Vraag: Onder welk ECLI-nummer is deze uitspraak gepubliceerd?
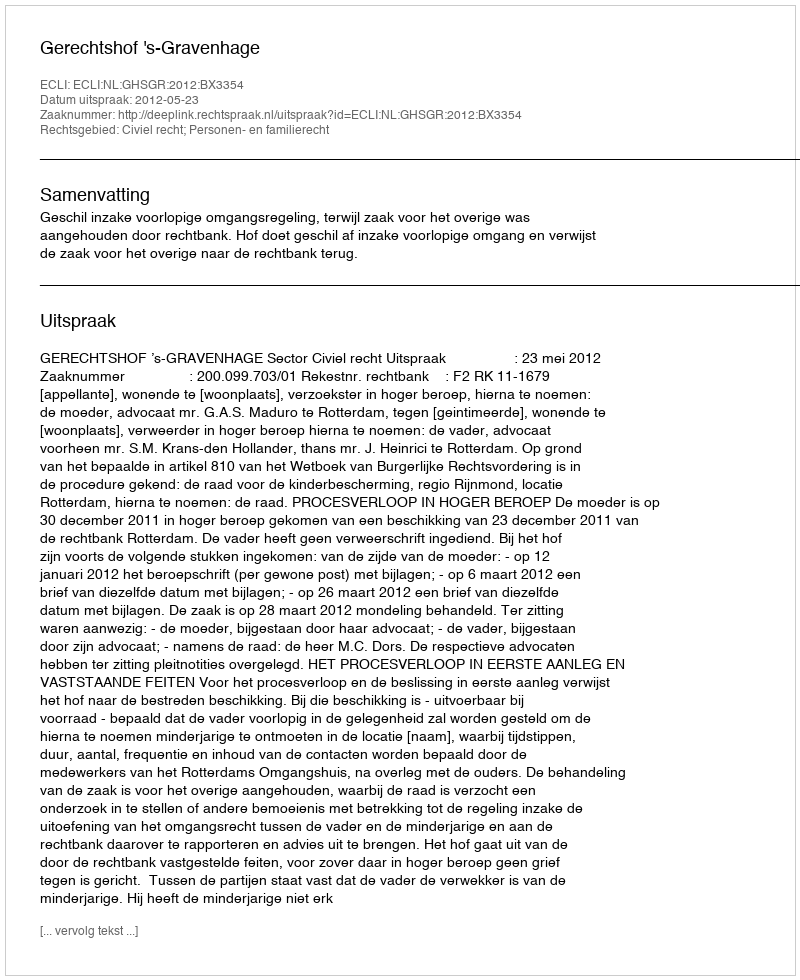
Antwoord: ECLI:NL:GHSGR:2012:BX3354